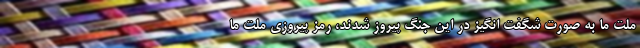
ملت ما به صورت شگفت انگیز در این جنگ پیروز شدند، رمز پیروزی ملت ما